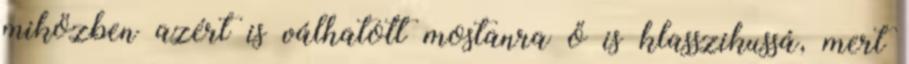
miközben azért is válhatott mostanra ő is klasszikussá, mert